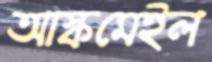
আস্কমেইল